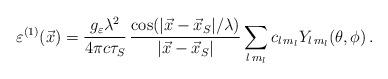
LaTeX: \begin{align*}\varepsilon^{(1)}(\vec{x}) = \frac{g_\varepsilon \lambda^2}{4\pi c \tau_S}\, \frac{\cos (|\vec{x}-\vec{x}_S| /\lambda)}{|\vec{x}-\vec{x}_S|}\sum_{l\, m_l} c_{l\, m_l} Y_{l\,m_l}(\theta,\phi)\,.\end{align*}